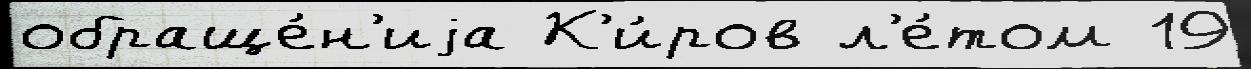
обраще́н'иjа К'и́ров л'е́том 19